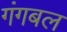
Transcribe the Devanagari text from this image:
गंगबल